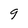
Character: 9